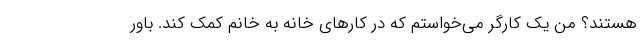
هستند؟ من یک کارگر می‌خواستم که در کارهای خانه به خانم کمک کند. باور